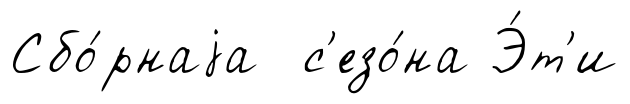
Сбо́рнаjа с'езо́на Э́т'и